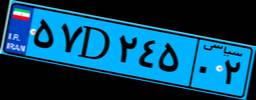
۵۷D۲۴۵۰۲